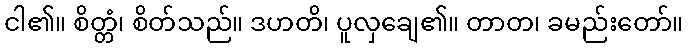
ငါ၏။ စိတ္တံ၊ စိတ်သည်။ ဒဟတိ၊ ပူလှချေ၏။ တာတ၊ ခမည်းတော်။